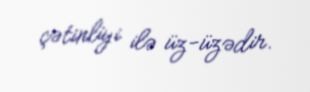
çətinliyi ilə üz-üzədir.